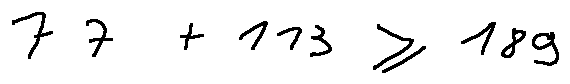
7 7 + 1 1 3 \geq 1 8 9